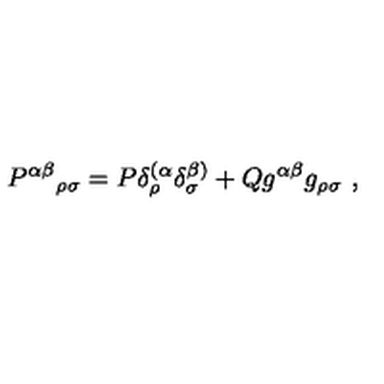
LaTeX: { P ^ { \alpha \beta } } _ { \rho \sigma } = P \delta _ { \rho } ^ { ( \alpha } \delta _ { \sigma } ^ { \beta ) } + Q g ^ { \alpha \beta } g _ { \rho \sigma } \ ,